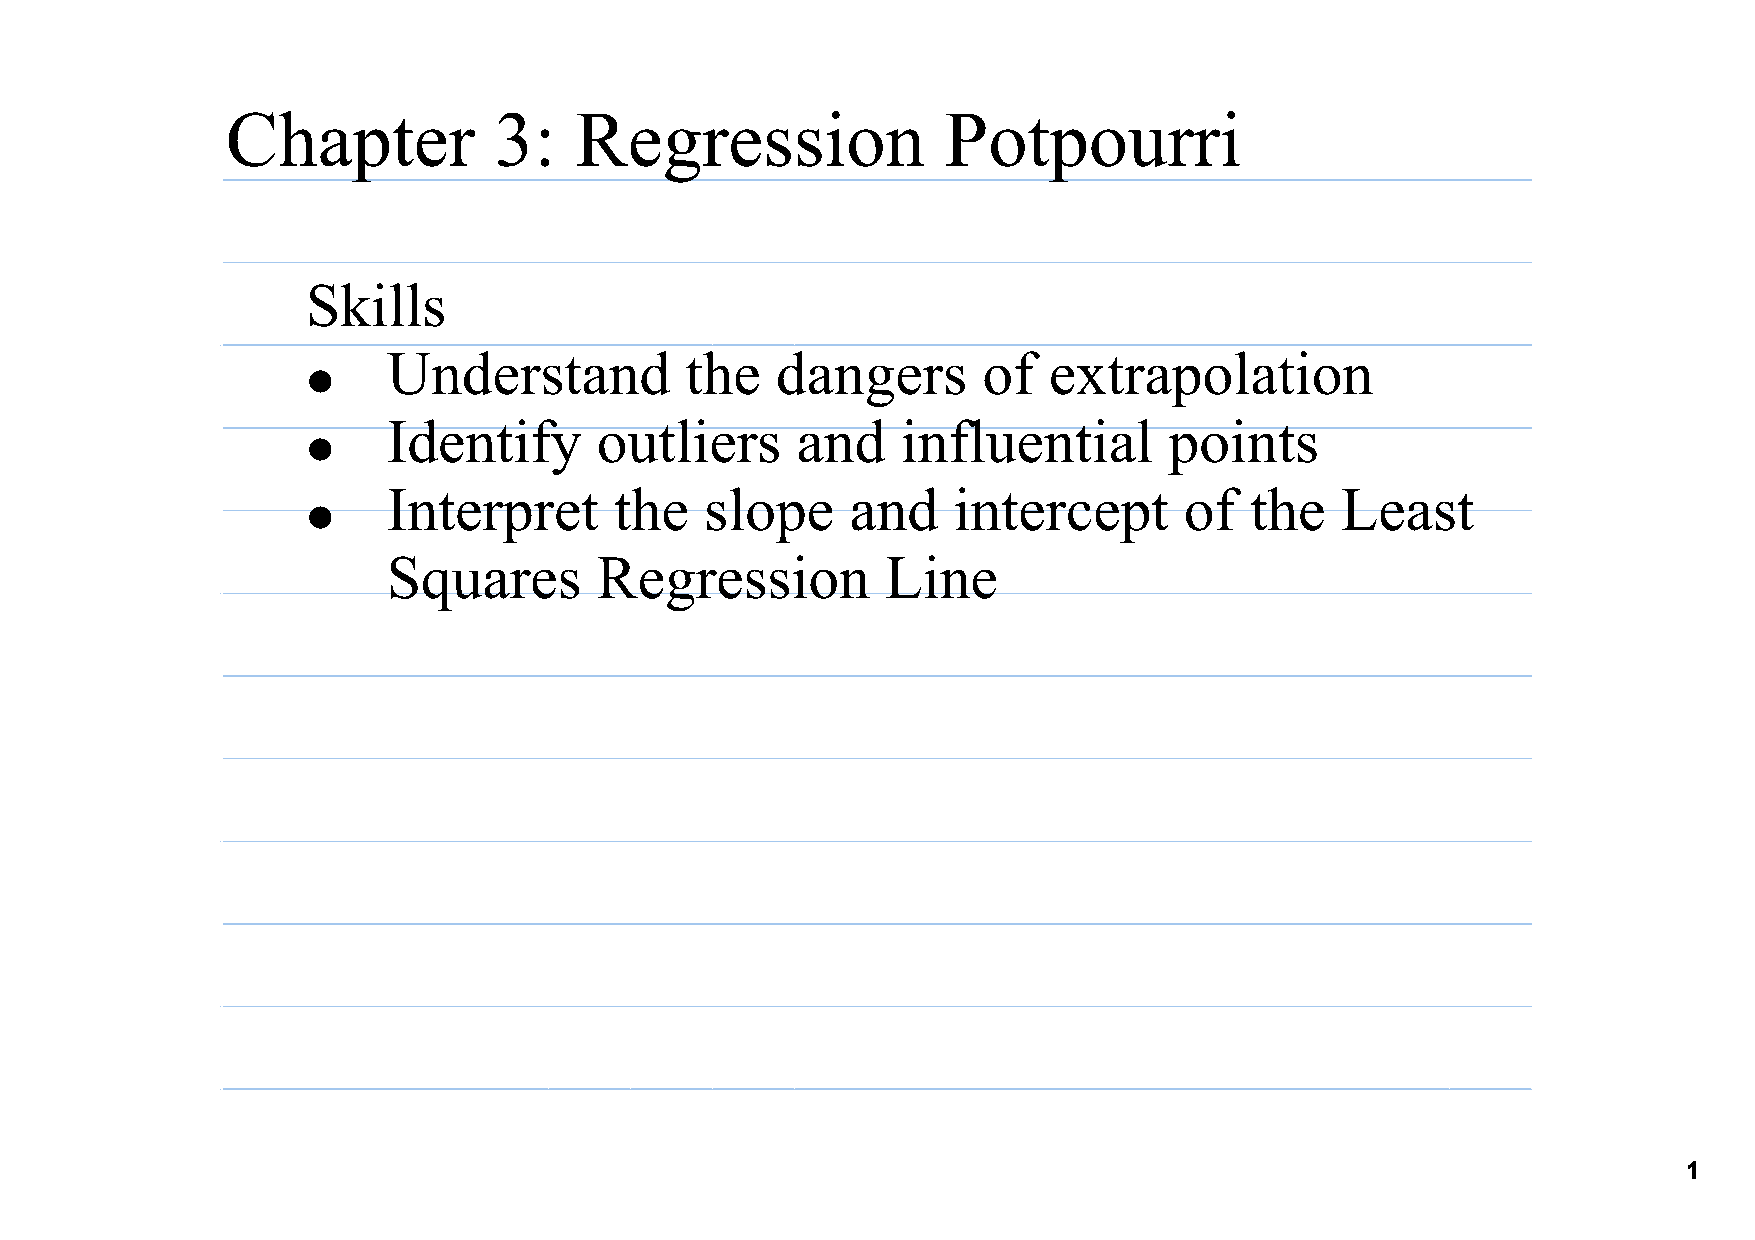
Chapter           3:   Regression               Potpourri
 Skills
 •
 Understand         the   dangers       of  extrapolation
 •
 Identify     outliers      and    influential      points
 •
 Interpret      the   slope    and    intercept      of   the   Least
 Squares      Regression          Line
 1